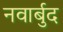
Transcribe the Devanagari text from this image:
नवार्बुद